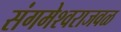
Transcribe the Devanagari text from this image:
संगमेश्वराजवळ